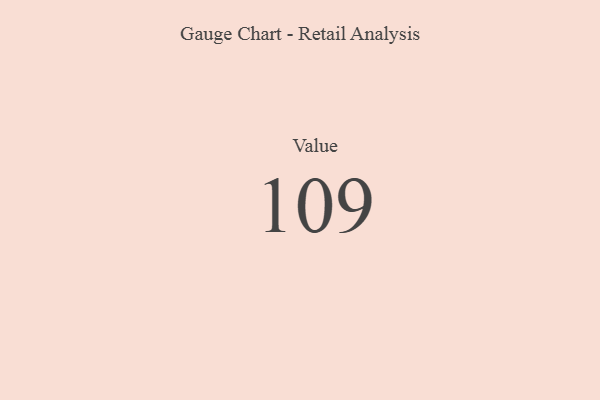
{"axis": {"x": "Metric", "y": "Value"}, "legend": [""], "data": [{"x": "Value", "y": 109, "type": ""}]}